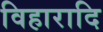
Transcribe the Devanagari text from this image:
विहारादि